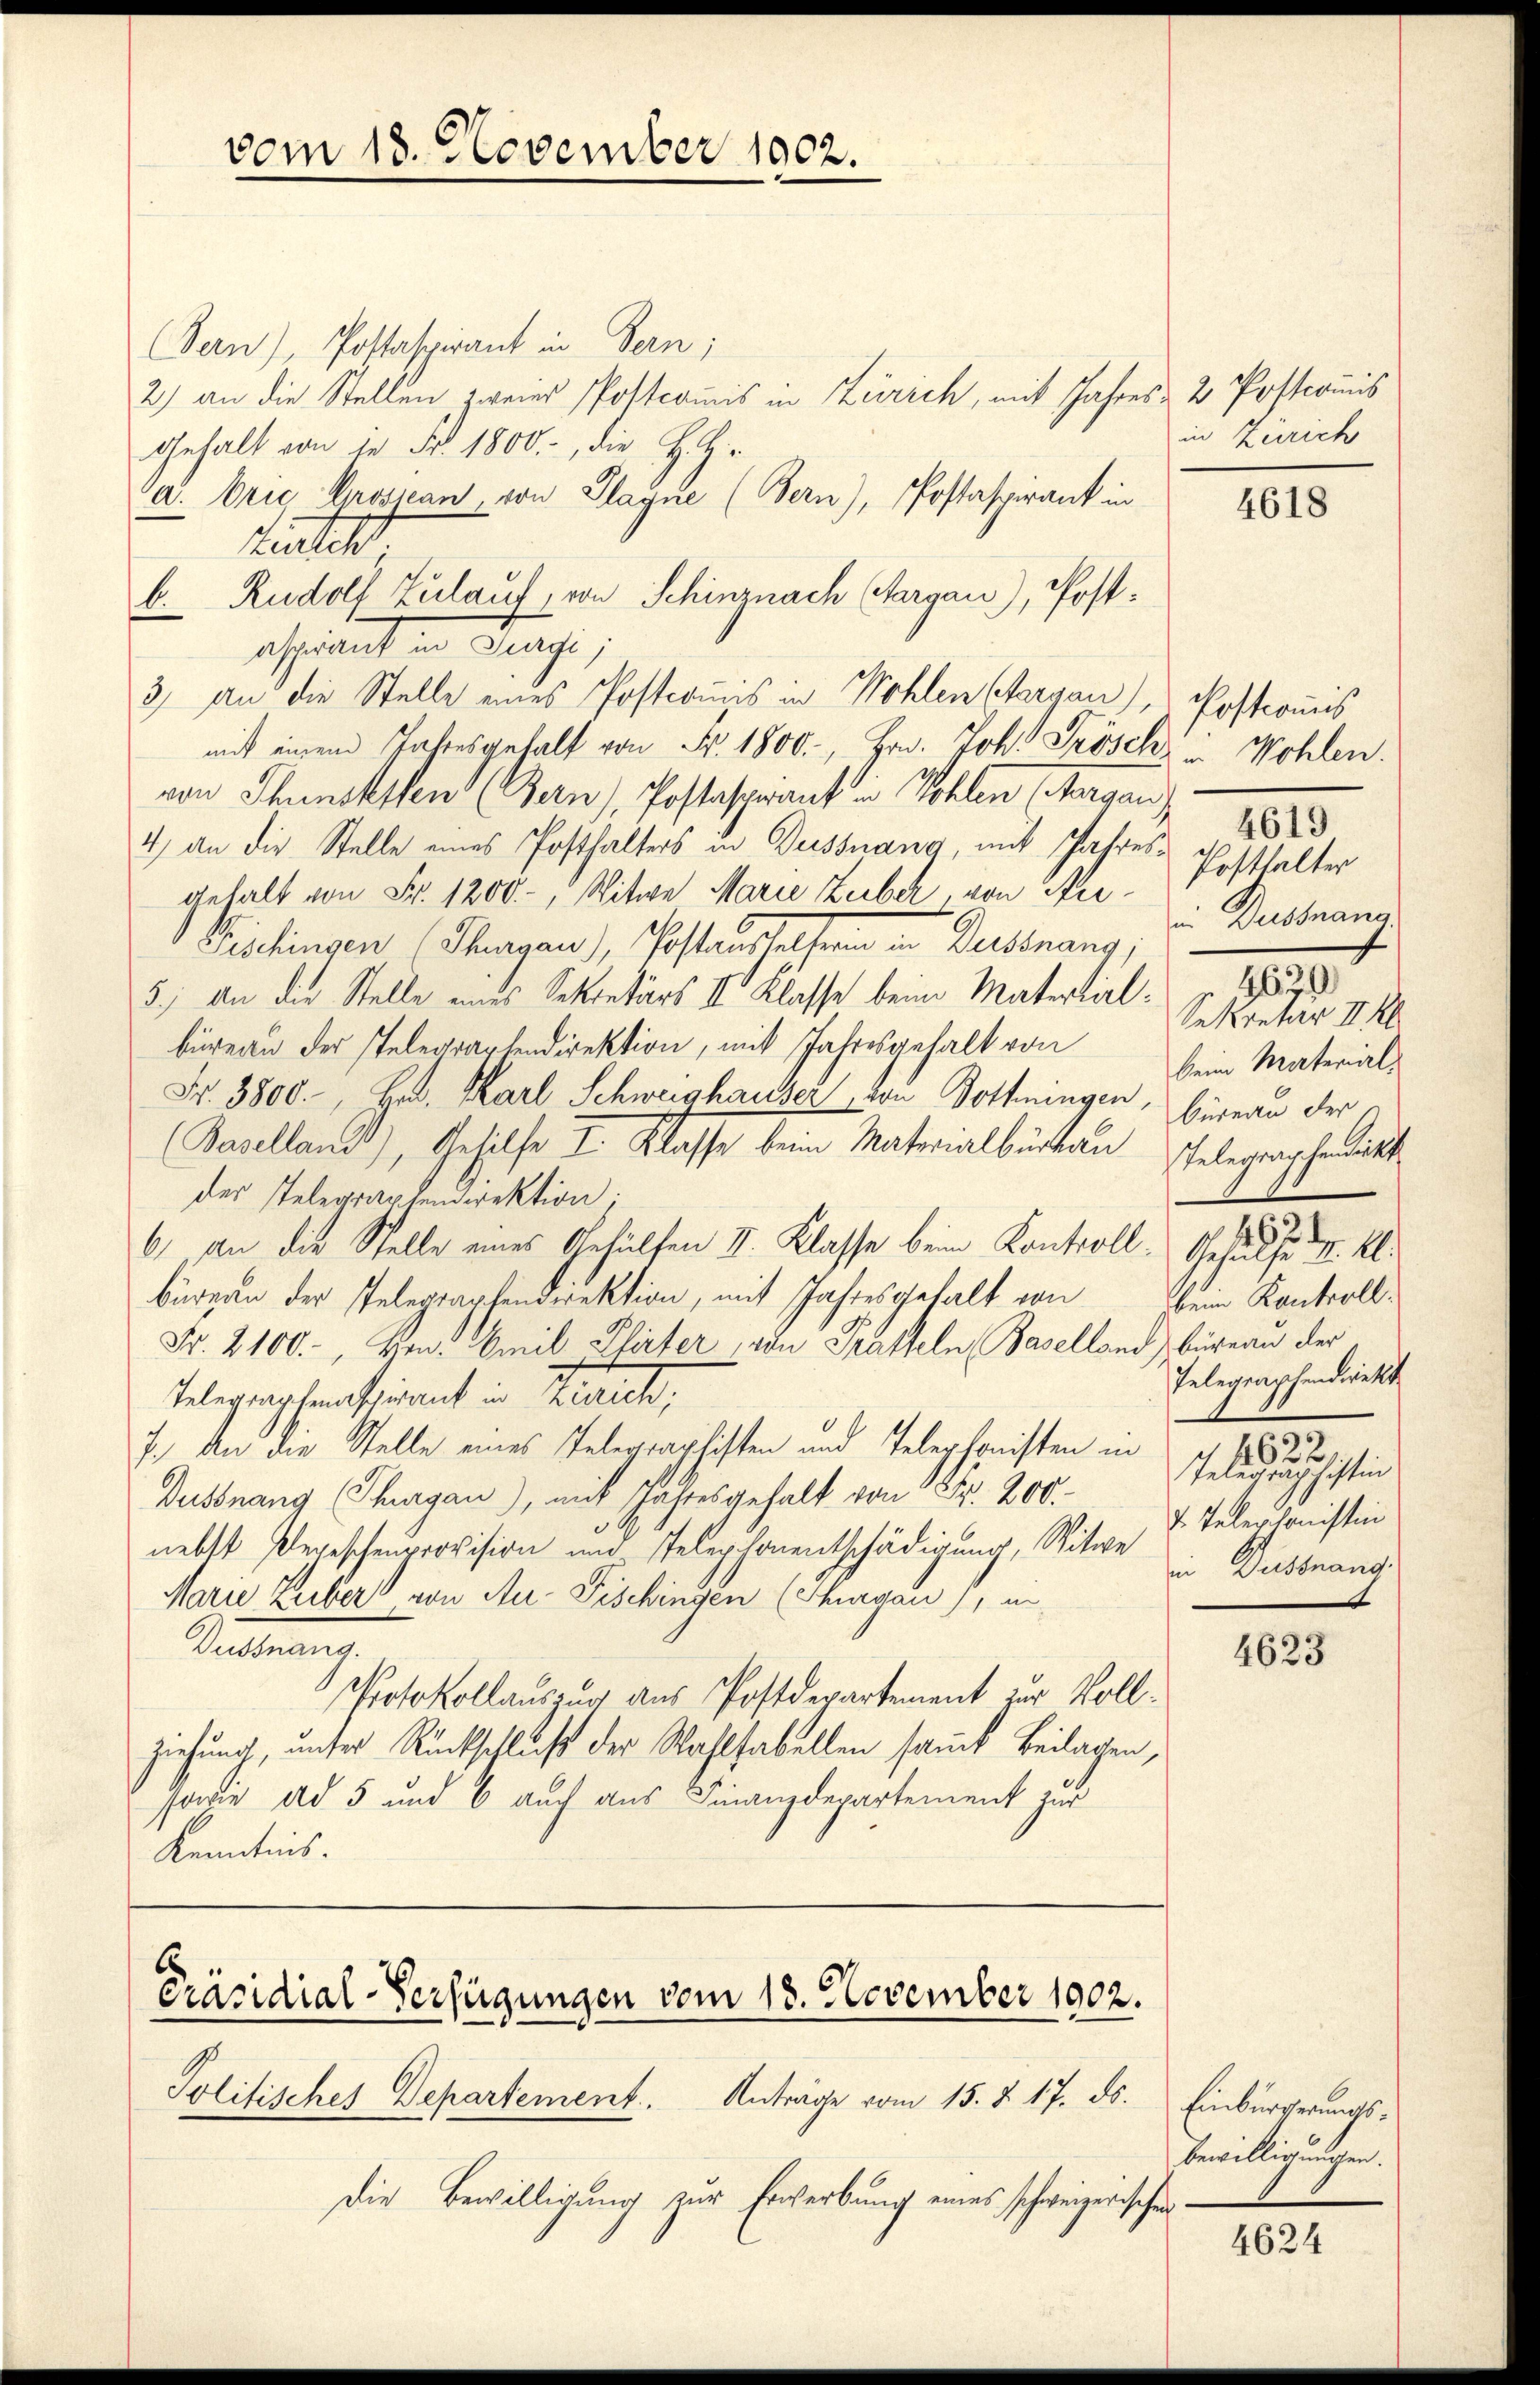
vom 18. November 1002.

Bern), Postaspirant in Bern;
2) an die Stellen zweier Postcomis in Zürich, mit Jahres- 2 Postcomis
Gehalt von in Fr. 1800, die H.H.
a. brie Grossean von Plaque (Bern), Postaspirant in
tinter
b. Rudolf Zulauf, von Schinznach Aargau), Postaspirant in Turgi,
3) An die Stelle eines Postcomis in Wohlen (Aargau), Postcomis
von Thunststen (Bern / Postaspirant in Kohlen (Aargau
4) an die Stelle eines Posthalters in Dessnang, mit Jahresgehalt von Fr. 1200.-, Witwe Marie Zuber, von Ar¬
Bishingen (Thurgau), Postanstaltern in Desnang,
5.) An die Stelle eines Sekretärs II Klasse beim Materliel:
büreau der Telegartendirektion, mit Jahresgehalt von
Fr. 3800., Hr. Karl Schweighauser, von Bothningen, Büreau der
(Baselland), Gehilfe I. Klasse beim Materialbürken elegraphetickt
des Telegraphendirektion
6) an die Stelle eines Gehülfen II. Klasse beim Kontroll: Gesuchste M.
bürgen der Telegraphendirektion, mit Jahresgehalt von
Fr. 2100.-, Hrn. Emil Plirter von Tratteln Baselland Büreau der
Telegraphenaient in Zürich,
7. An die Stelle eines Telegraphisten und Telephonisten in
Dussnang (Thurgau), mit Fastesgehalt von Fr. 200.
nebst Pegeschenprovision und Telephonentschädigung, Witwe
Marie Zuber von Au- Fischingen (Thurgau), in
Dussnang.
Protokollauszug aus Postdepartement zur Vollziehung, unter Rückschluß der Wahlfabellen samt Beilagen,
sowie ad 5 und 6 auch aus Finanzdepartement zur
Kenntnis.

mit einem Jahresgehalt von Fr. 1800., Hrn. Joh. Frösch Wohlen.

b
Präsidial-Verfügungen vom 18. November 1902.
Politisches Departement. Anträge vom 15. §. 17. ds. Einbürgerungs-

Die Bewilligung zur Erwerbung eines schweizerischen

in Zürich

4618

Posthalter
 Dussnana
Sekretär II Kl
keim Material-
beim Kontroll.
Telegraphendwerkt
1622
Telegrauschiftin
d. Telephonistin
in Distrang

4619

4623

Bewilligungen.

4624